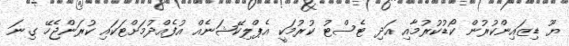
ޔޫ ޑިޒައިންކުރުން ކޯޑުކުރުމާއި އަދި ޓެސްޓު ކުރުމަކީ އެޕްލިކޭޝަނެއް އުފެއްދުމަށްޓަކައި ކުރަންޖެހޭ ގިނަ